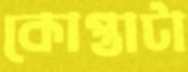
কোপ্তাটা